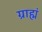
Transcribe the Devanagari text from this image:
ग्राह्मं